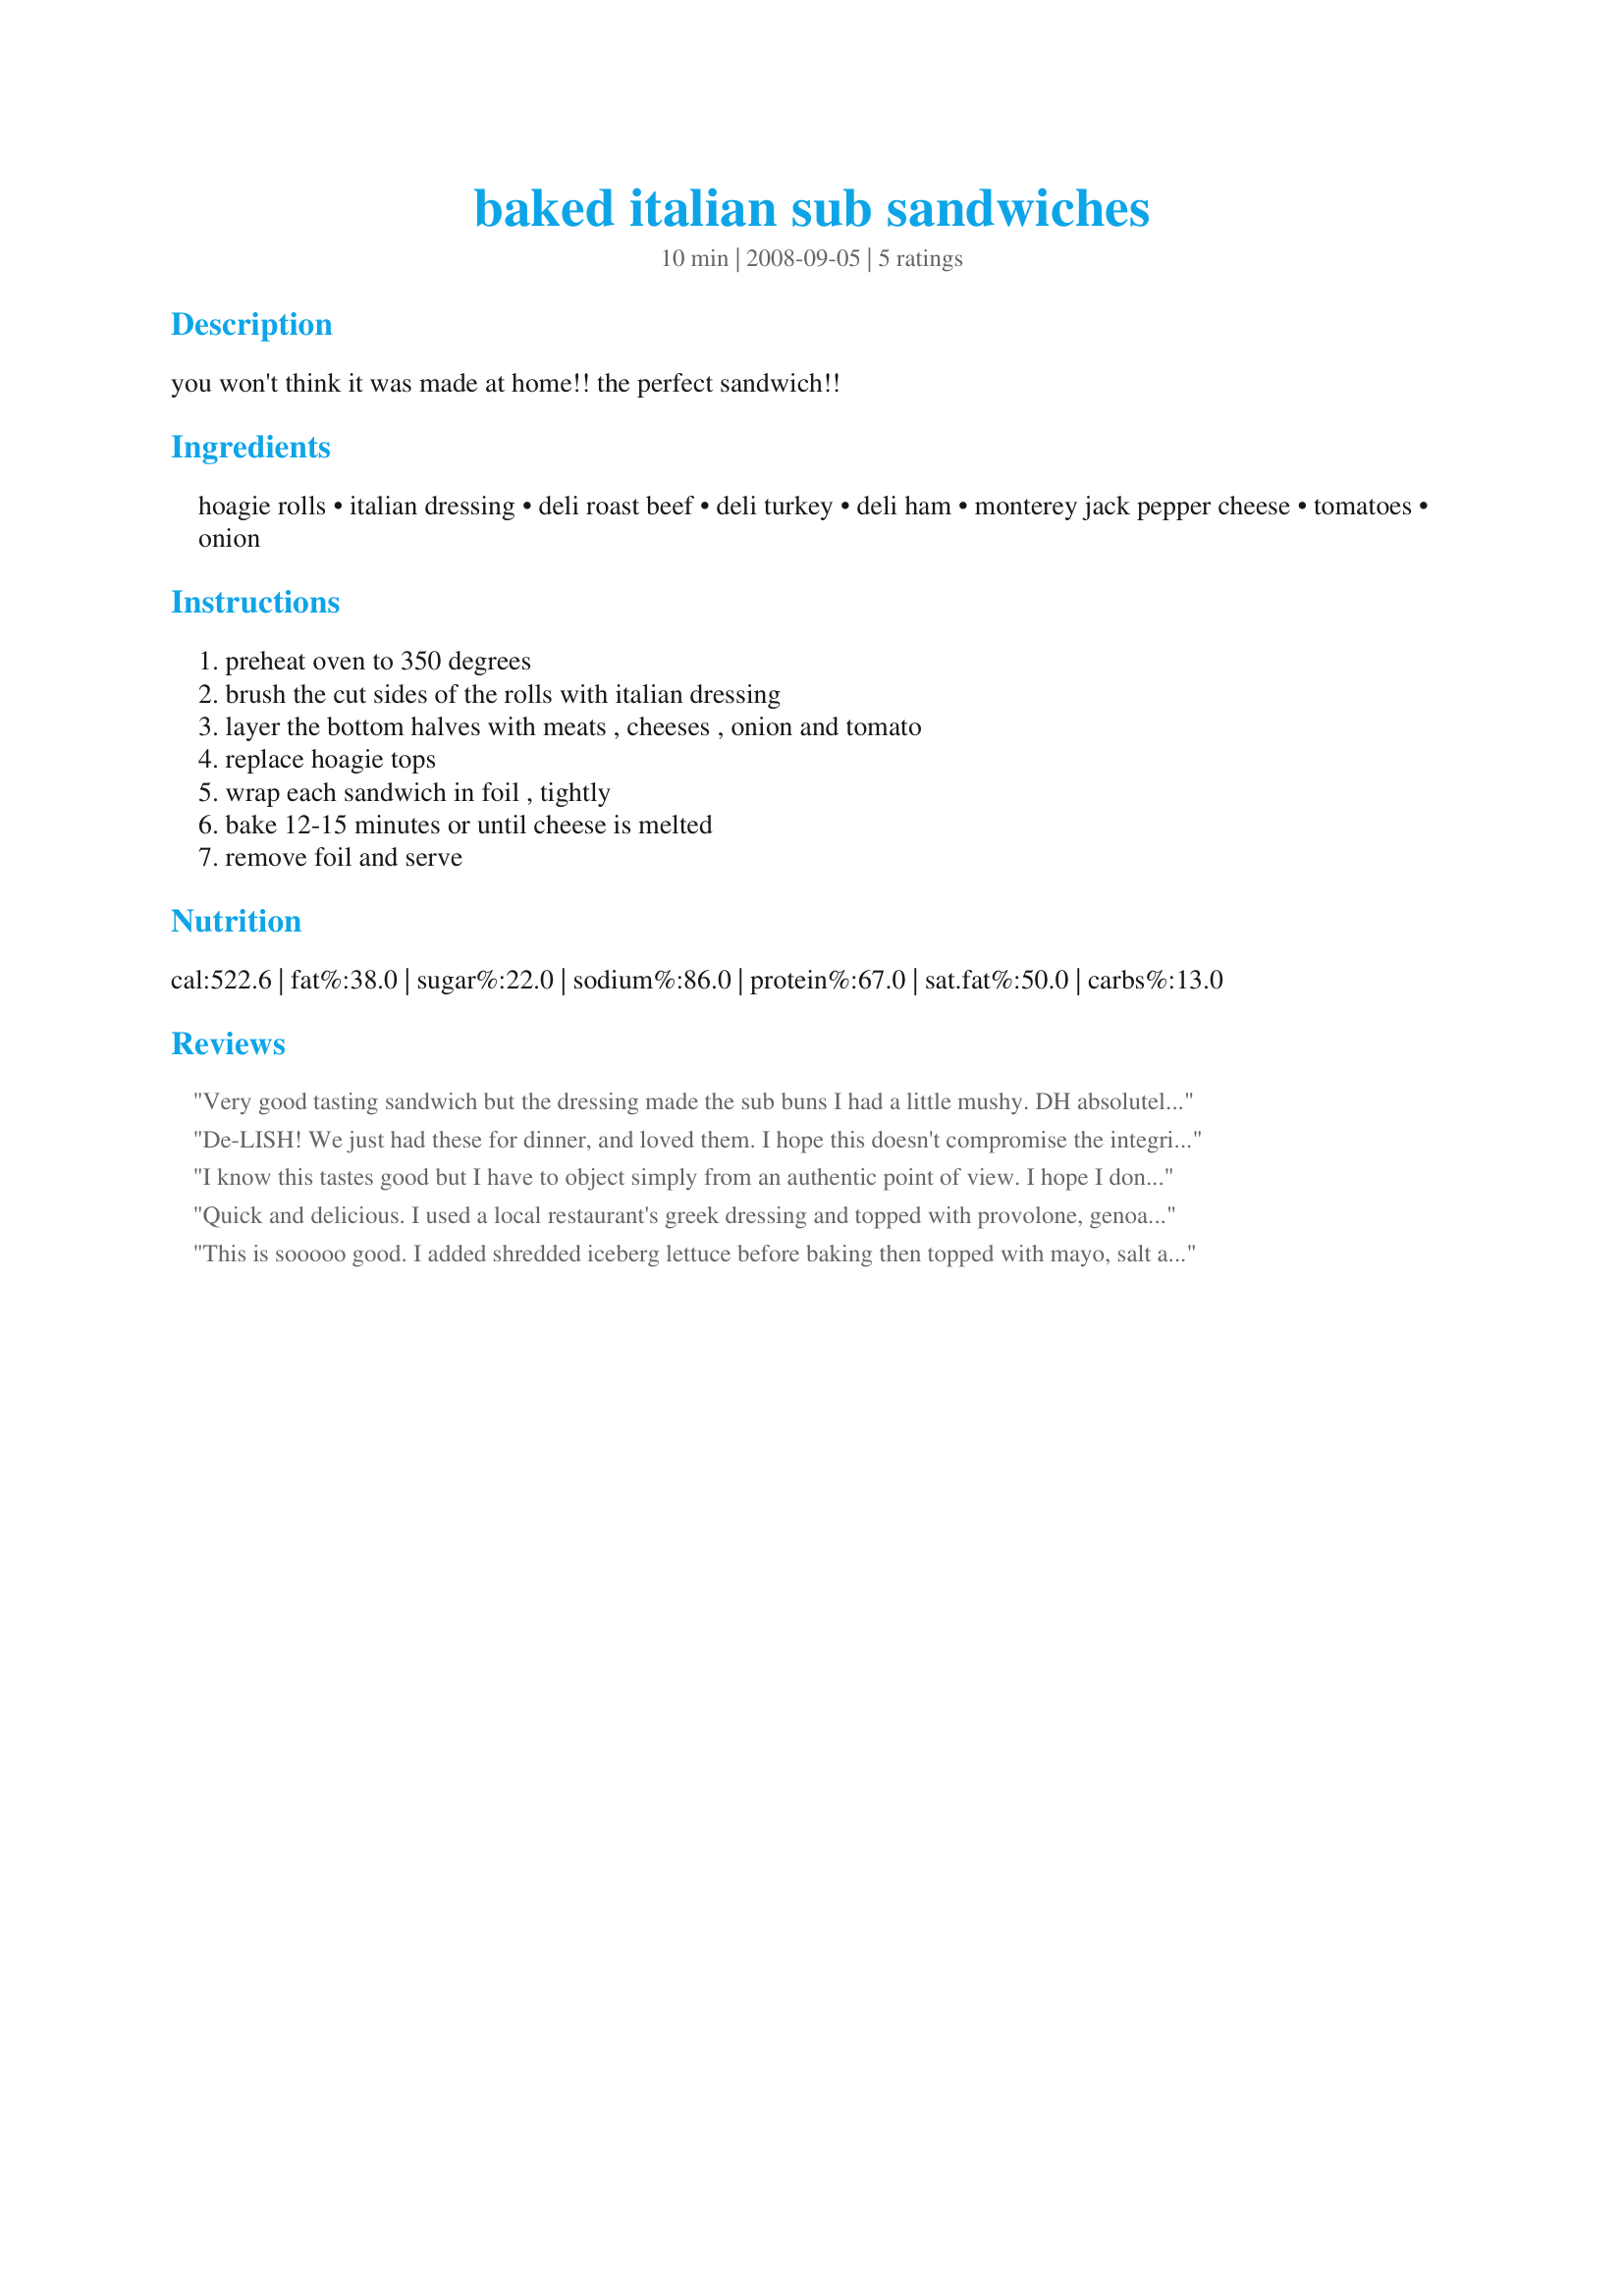
baked italian sub sandwiches
Preparation time: 10 minutes

you won't think it was made at home!! the perfect sandwich!!

Ingredients:
hoagie rolls, italian dressing, deli roast beef, deli turkey, deli ham, monterey jack pepper cheese, tomatoes, onion

Steps:
preheat oven to 350 degrees, brush the cut sides of the rolls with italian dressing, layer the bottom halves with meats , cheeses , onion and tomato, replace hoagie tops, wrap each sandwich in foil , tightly, bake 12-15 minutes or until cheese is melted, remove foil and serve

Reviews:
Very good tasting sandwich but the dressing made the sub buns I had a little mushy. DH absolutely hates mushy bread of any kind so I won't make these again however we both agreed that other then that this was a very tasty sandwich.
De-LISH! We just had these for dinner, and loved them. I hope this doesn't compromise the integrity of the sandwich, but we did add some mayo which we mixed in with the Italian dressing. Man, it was GOOD. We we definitely make these again. Made for Spring 2010 PAC.
I know this tastes good but I have to object simply from an authentic point of view. I hope I don&#039;t offend anybody because this is just my opinion but being as this is suppose to be an Italian sub, it uses no Italian deli meats. Maybe the roast beef but more then likely not. If anything they would use Italian beef which is very different. They would not use turkey nor would they use regular deli ham. The ham closest to a deli ham like Black Forest, for ex. is called prosciutto cotto which in my opinion has more flavor. You can also substitute the ham for other Italian pork products like, deli porchetta which is so much better then ham and if you&#039;ve never tried it, I urge you too..it&#039;s wonderful. You can also use capicollo or prosciutto de Parma in place of the ham. My favorite Italian sub combo is Genoa salami, porchetta and prosciutto de Parma all sliced very thin ..this is definitely a case where more is not better! Trust me on this..you can pile on as many slices as you want after but they definitely tastes much better sliced thin. And of course, provolone cheese. You can add whatever toppings or sandwich sauce to this you like. Personally, I think it needs something vinegary. Some of my favorites are hot or mild peppers in vinegar and oil or just in vinegar. Not roasted peppers though they&#039;re good too..but the whole uncooked peppers that are in a jar. The vinager is perfect and you get some crunch to it if you get the whole ones and slice them yourself. Making a salad by dicing up some tomatoes,onions and lettuce and dressing them in an Italian vinagerette or using oil and your favorite vinegar is good too. You can also add a touch of oregano, salt and pepper to it. And my favorite (and yes I realize it&#039;s not very Italian) is to add salt and vinager chips to it. It gives you that satisfying crunch that all subs need and adds the perfect amount of vinegar and salt. You could use other flavors if you wanted to but I think salt and vinegar is really the best for this sandwich.
Again, this is just my opinion and I&#039;m sorry, I didn&#039;t mean to carry on like this but I&#039;ve made myself hungry..lol. So now I&#039;m off to make my own Italian sub! Bon Appetite!
Quick and delicious. I used a local restaurant's greek dressing and topped with provolone, genoa salami and roast beef. Topped with roasted red pepper and banana pepper since I can't tolerate raw onion and tomatos are out of season. Delicious! Ours didn't turn out soggy, but I would recommend cooking for the full time to heat all the way through.
This is sooooo good. I added shredded iceberg lettuce before baking then topped with mayo, salt and pepper when it came out of the oven. Thanks for posting!
